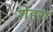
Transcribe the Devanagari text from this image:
शेहरा